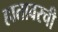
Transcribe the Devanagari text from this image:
हातावरची